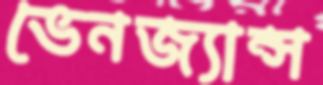
ভেনজ্যান্স